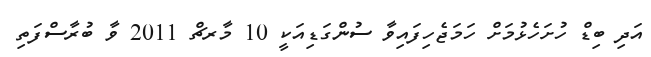
އަދި ބިޑް ހުށަހެޅުމަށް ހަމަޖެހިފައިވާ ސުންގަޑިއަކީ 10 މާރޗް 2011 ވާ ބުރާސްފަތި